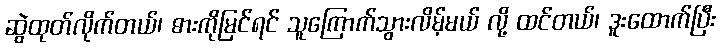
ဆွဲထုတ်လိုက်တယ်၊ ဓားကိုမြင်ရင် သူကြောက်သွားလိမ့်မယ် လို့ ထင်တယ်၊ ဒူးထောက်ပြီး